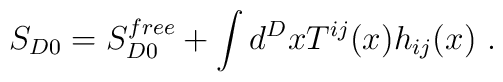
S_{D0} = S_{D0}^{free} + \int d^Dx T^{ij}(x) h_{ij}(x)~.